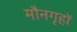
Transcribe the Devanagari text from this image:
मौनगृहों